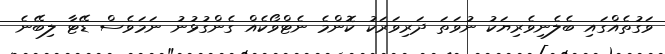
ވަަގުތެއްގައި ބެލެނިވެރިޔަކު ނުވަތަ ދަރިވަރަކު ކޮންމެ ނެޓްވޯކެއް ގެންގުޅުނު ނަމަވެސް ޑޭޓާ ލިބޭނެ